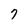
Character: 7